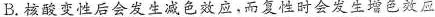
B.核酸变性后会发生减色效应，而复性时会发生增色效应